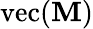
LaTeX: \mathrm{vec}(\mathbf{M})